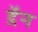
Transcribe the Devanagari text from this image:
द़ॅन